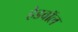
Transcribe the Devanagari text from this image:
हेडबॉल